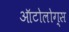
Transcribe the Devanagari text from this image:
ऑटोलोग्स